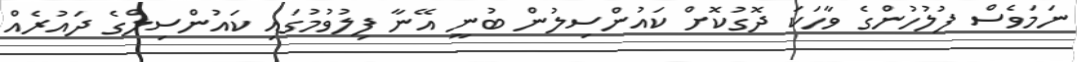
ނަމަވެސް ފުލުހުންގެ ވާހަކަ ދޮގުކޮށް ކައުންސިލުން ބުނީ އޭނާ ފިލުވުމުގައި ކައުންސިލްގެ ދައުރެއް